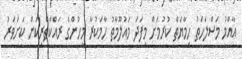
އާއްމު މަސްލަހަތު ހިމާޔަތް ކުރުމަށް މިފަދަ މައުލޫމާތު ހާމަކުރާ މީހުންގެ ރައްކާތެރިކަން ކަށަވަރު